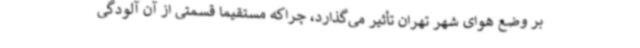
بر وضع هوای شهر تهران تأثیر می‌گذارد، چراکه مستقیما قسمتی از آن آلودگی